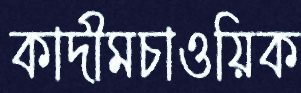
কাদীমচাওয়িক